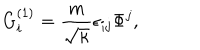
LaTeX: G _ { i } ^ { ( 1 ) } = \frac { m } { \sqrt { \kappa } } \epsilon _ { i j } \Phi ^ { j } ,